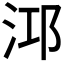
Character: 𪵹